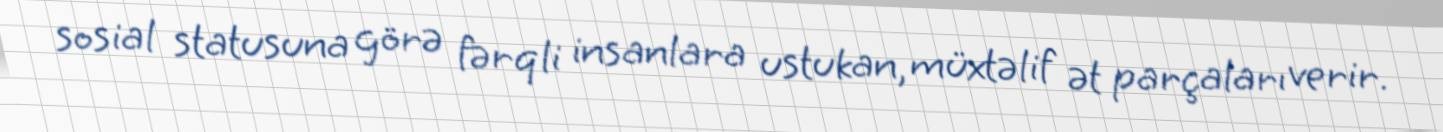
sosial statusuna görə fərqli insanlara ustukan, müxtəlif ət parçaları verir.